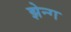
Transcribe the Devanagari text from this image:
झेन्ग